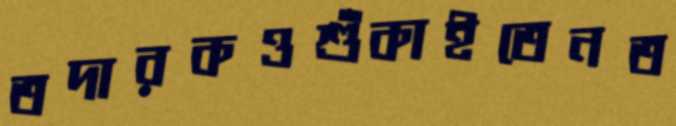
তদারকওশুঁকাইতেনত